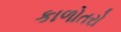
કાળોતરો